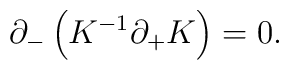
\partial_-\left(K^{-1}\partial_+K\right)=0.